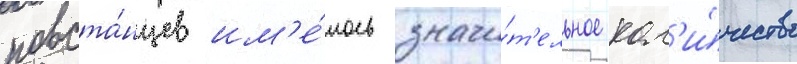
повста́нцев им'е́лось значи́т'ельное кол'и́чество